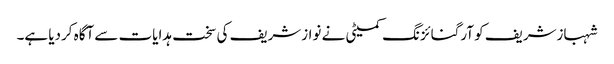
شہبازشریف کو آرگنائزنگ کمیٹی نے نوازشریف کی سخت ہدایات سے آگاہ کردیا ہے۔